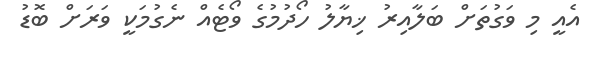
އެއީ މި ވަގުތަށް ބަލާއިރު ޚިޔާލު ހޯދުމުގެ ވޯޓެއް ނެގުމަކީ ވަރަށް ބޮޑު